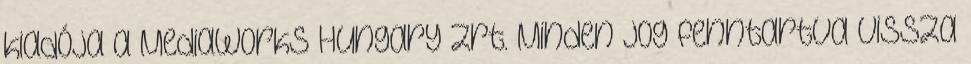
kiadója a Mediaworks Hungary Zrt. Minden jog fenntartva vissza